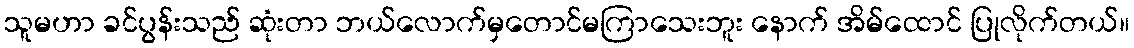
သူမဟာ ခင်ပွန်းသည် ဆုံးတာ ဘယ်လောက်မှတောင်မကြာသေးဘူး နောက် အိမ်ထောင် ပြုလိုက်တယ်။